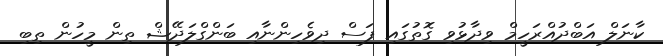
ކާނަލް އަބްދުއްރަހީމް ވިދާޅުވި ގޮތުގައި ފަސް ދިވެހިންނާއި ބަންގްލަދޭޝް ތިން މީހުން ތިބި